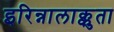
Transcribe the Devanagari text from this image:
इरिन्नालाक्कुता